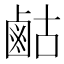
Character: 𮭫